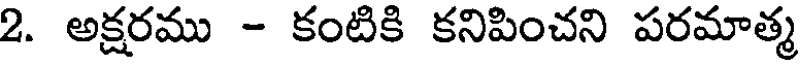
2. అక్షరము - కంటికి కనిపించని పరమాత్మ